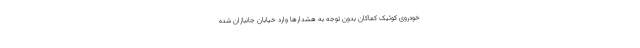
خودروی کوئیک کماکان بدون توجه به هشدارها وارد خیابان جانبازان شده